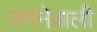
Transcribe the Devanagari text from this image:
जमनेवाली